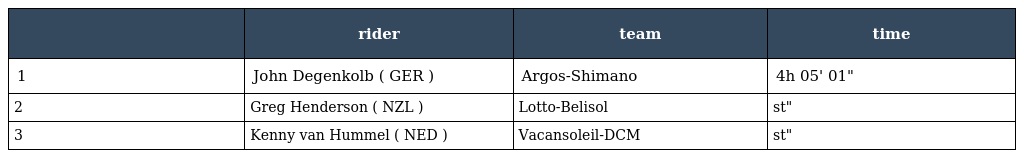
|  | rider | team | time |
 | --- | --- | --- | --- |
 | 1 | John Degenkolb ( GER ) | Argos-Shimano | 4h 05' 01" |
 | 2 | Greg Henderson ( NZL ) | Lotto-Belisol | st" |
 | 3 | Kenny van Hummel ( NED ) | Vacansoleil-DCM | st" |